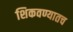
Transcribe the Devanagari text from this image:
शिकवण्यातच